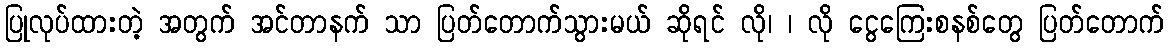
ပြုလုပ်ထားတဲ့ အတွက် အင်တာနက် သာ ပြတ်တောက်သွားမယ် ဆိုရင် လို၊ ၊ လို ငွေကြေးစနစ်တွေ ပြတ်တောက်